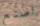
اصنع